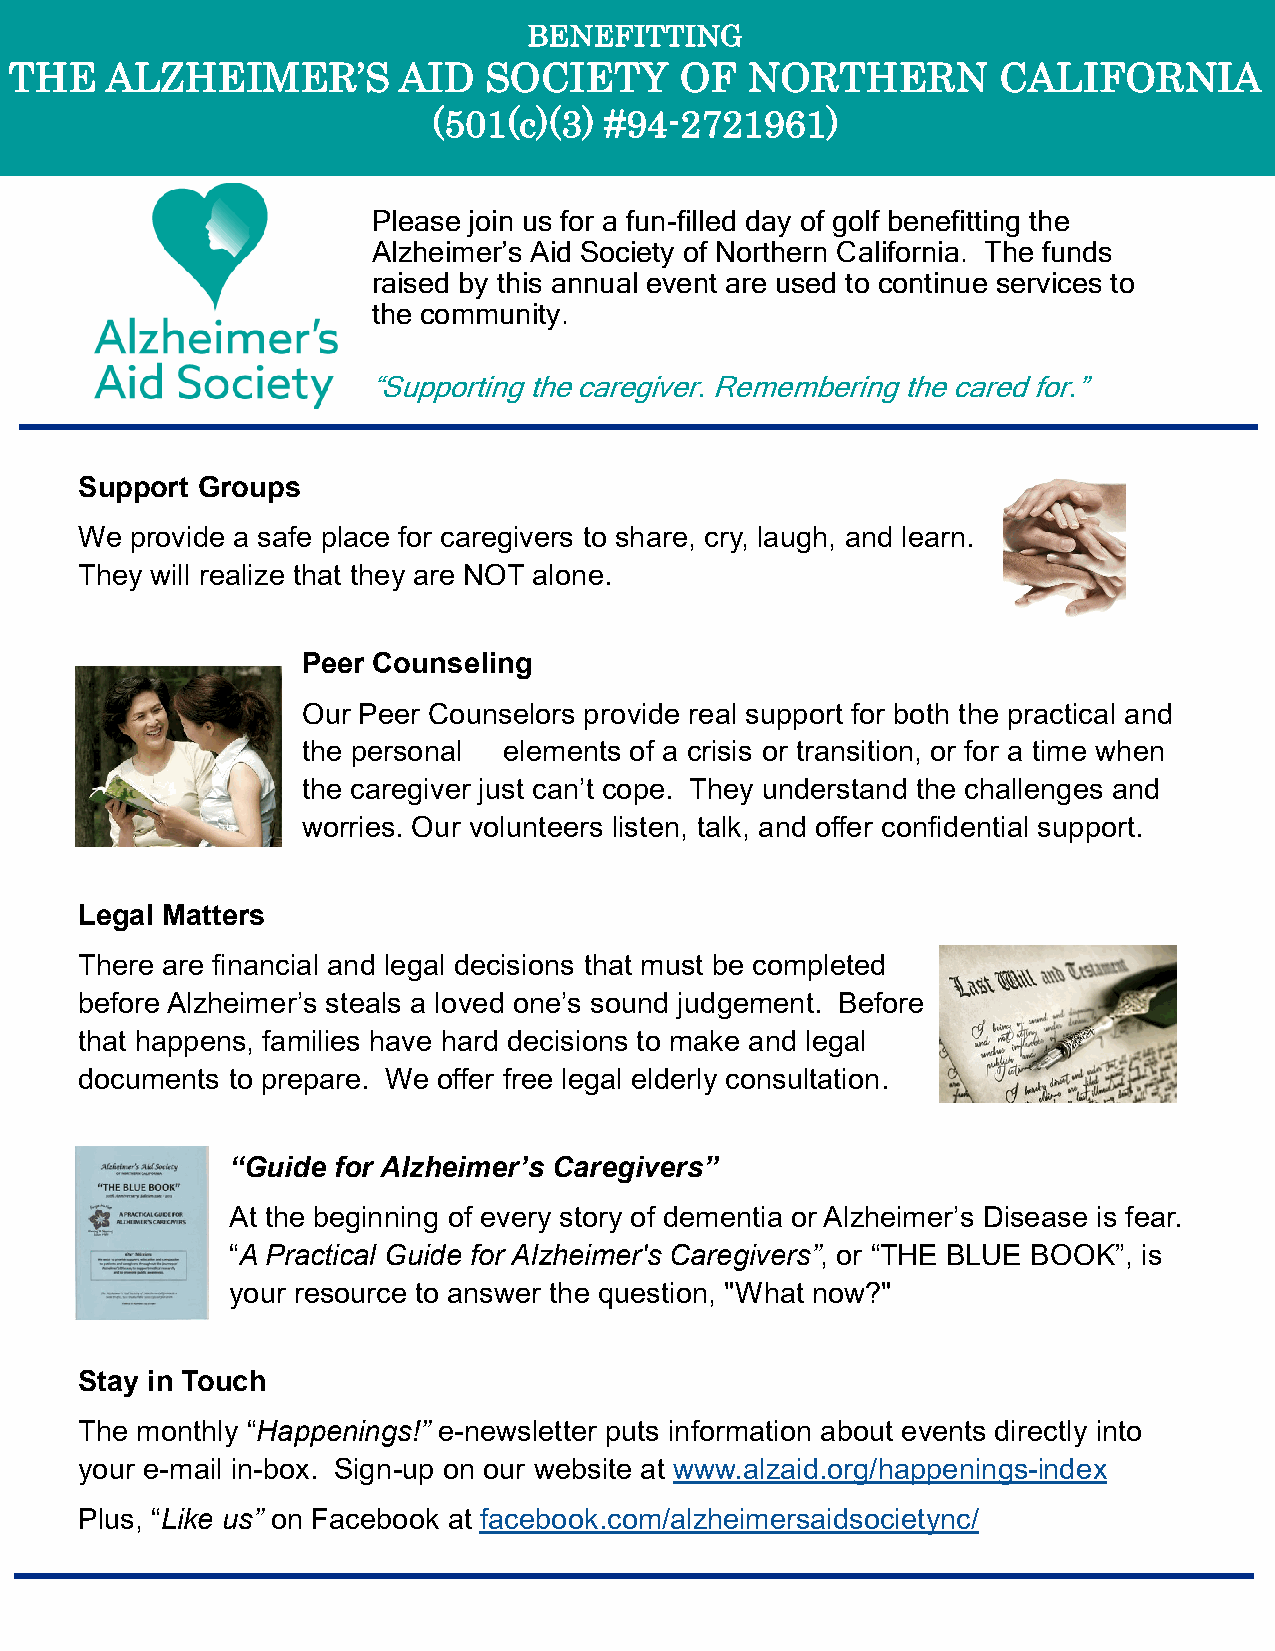
BENEF  ITTING
 THE   ALZHEIMER’S        AID   SOCIETY      OF  NORTHERN         CALIFORNIA
 (501(c)(3) #94-2721961)
 Please join us for a fun-filled day of golf benefitting the
 Alzheimer’s Aid Society of Northern California. The funds
 raised by this annual event are used to continue services to
 the community.
 “Supporting the caregiver. Remembering the cared for.”
 Support Groups
 We  provide a safe place for caregivers to share, cry, laugh, and learn.
 They will realize that they are NOT alone.
 Peer Counseling
 Our Peer Counselors provide real support for both the practical and
 the personal elements of a crisis or transition, or for a time when
 the caregiver just can’t cope. They understand the challenges and
 worries. Our volunteers listen, talk, and offer confidential support.
 Legal Matters
 There are financial and legal decisions that must be completed
 before Alzheimer’s steals a loved one’s sound judgement. Before
 that happens, families have hard decisions to make and legal
 documents to prepare. We offer free legal elderly consultation.
 “Guide for Alzheimer’s Caregivers”
 At the beginning of every story of dementia or Alzheimer’s Disease is fear.
 “A Practical Guide for Alzheimer's Caregivers”, or “THE BLUE BOOK”, is
 your resource to answer the question, "What now?"
 Stay in Touch
 The monthly “Happenings!” e-newsletter puts information about events directly into
 your e-mail in-box. Sign-up on our website at www.alzaid.org/happenings-index
 Plus, “Like us” on Facebook at facebook.com/alzheimersaidsocietync/